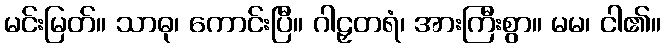
မင်းမြတ်။ သာဓု၊ ကောင်းပြီ။ ဂါဠှတရံ၊ အားကြီးစွာ။ မမ၊ ငါ၏။